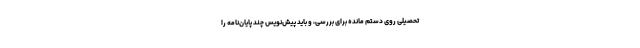
تحصیلی روی دستم مانده برای بررسی، و باید پیش‌نویس چند پایان‌نامه را